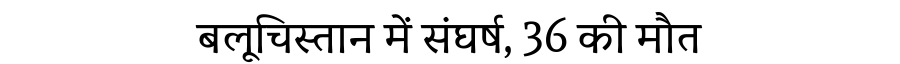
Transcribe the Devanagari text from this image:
बलूचिस्तान में संघर्ष, 36 की मौत